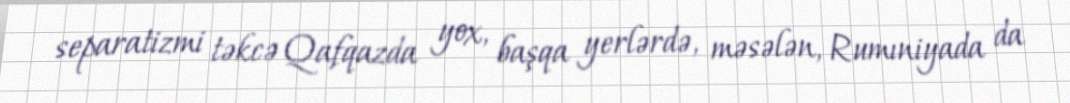
separatizmi təkcə Qafqazda yox, başqa yerlərdə, məsələn, Rumıniyada da